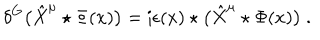
\delta ^ { G } \big ( \hat { X } ^ { \mu } \star \Phi ( x ) \big ) = \mathrm { i } \epsilon ( x ) \star \big ( \hat { X } ^ { \mu } \star \Phi ( x ) \big ) ~ .